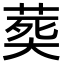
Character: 𦵏